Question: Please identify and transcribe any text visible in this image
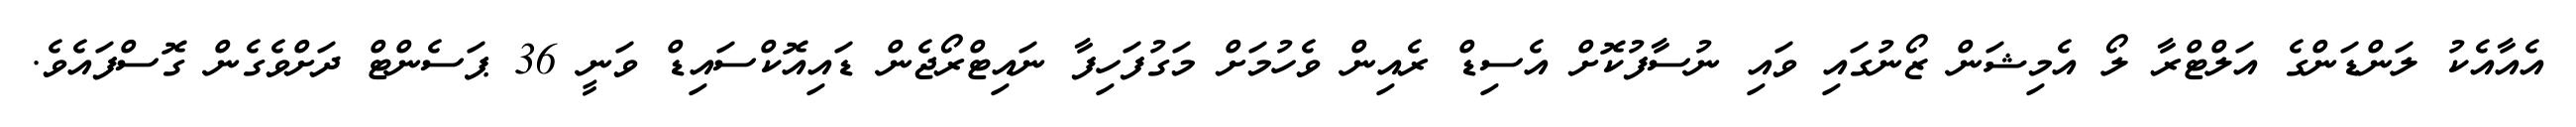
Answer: އެއާއެކު ލަންޑަންގެ އަލްޓްރާ ލޯ އެމިޝަން ޒޯނުގައި ވައި ނުސާފުކޮށް އެސިޑް ރެއިން ވެހުމަށް މަގުފަހިފާ ނައިޓްރޯޖެން ޑައިއޮކްސައިޑް ވަނީ 36 ޕަސެންޓް ދަށްވެގެން ގޮސްފައެވެ.